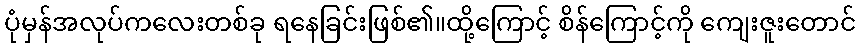
ပုံမှန်အလုပ်ကလေးတစ်ခု ရနေခြင်းဖြစ်၏။ထို့ကြောင့် စိန်ကြောင့်ကို ကျေးဇူးတောင်